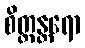
စိတ္တန္တရော